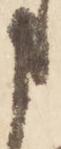
申